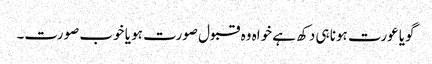
گویا عورت ہونا ہی دکھ ہے خواہ وہ قبول صورت ہو یا خوب صورت۔